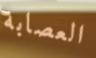
العصابة